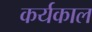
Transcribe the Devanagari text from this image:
कर्यकाल